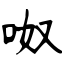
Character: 呶